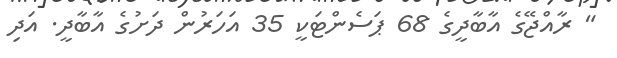
" ރާއްޖޭގެ އާބާދީގެ 68 ޕަސެންޓަކީ 35 އަހަރުން ދަށުގެ އާބާދީ. އަދި